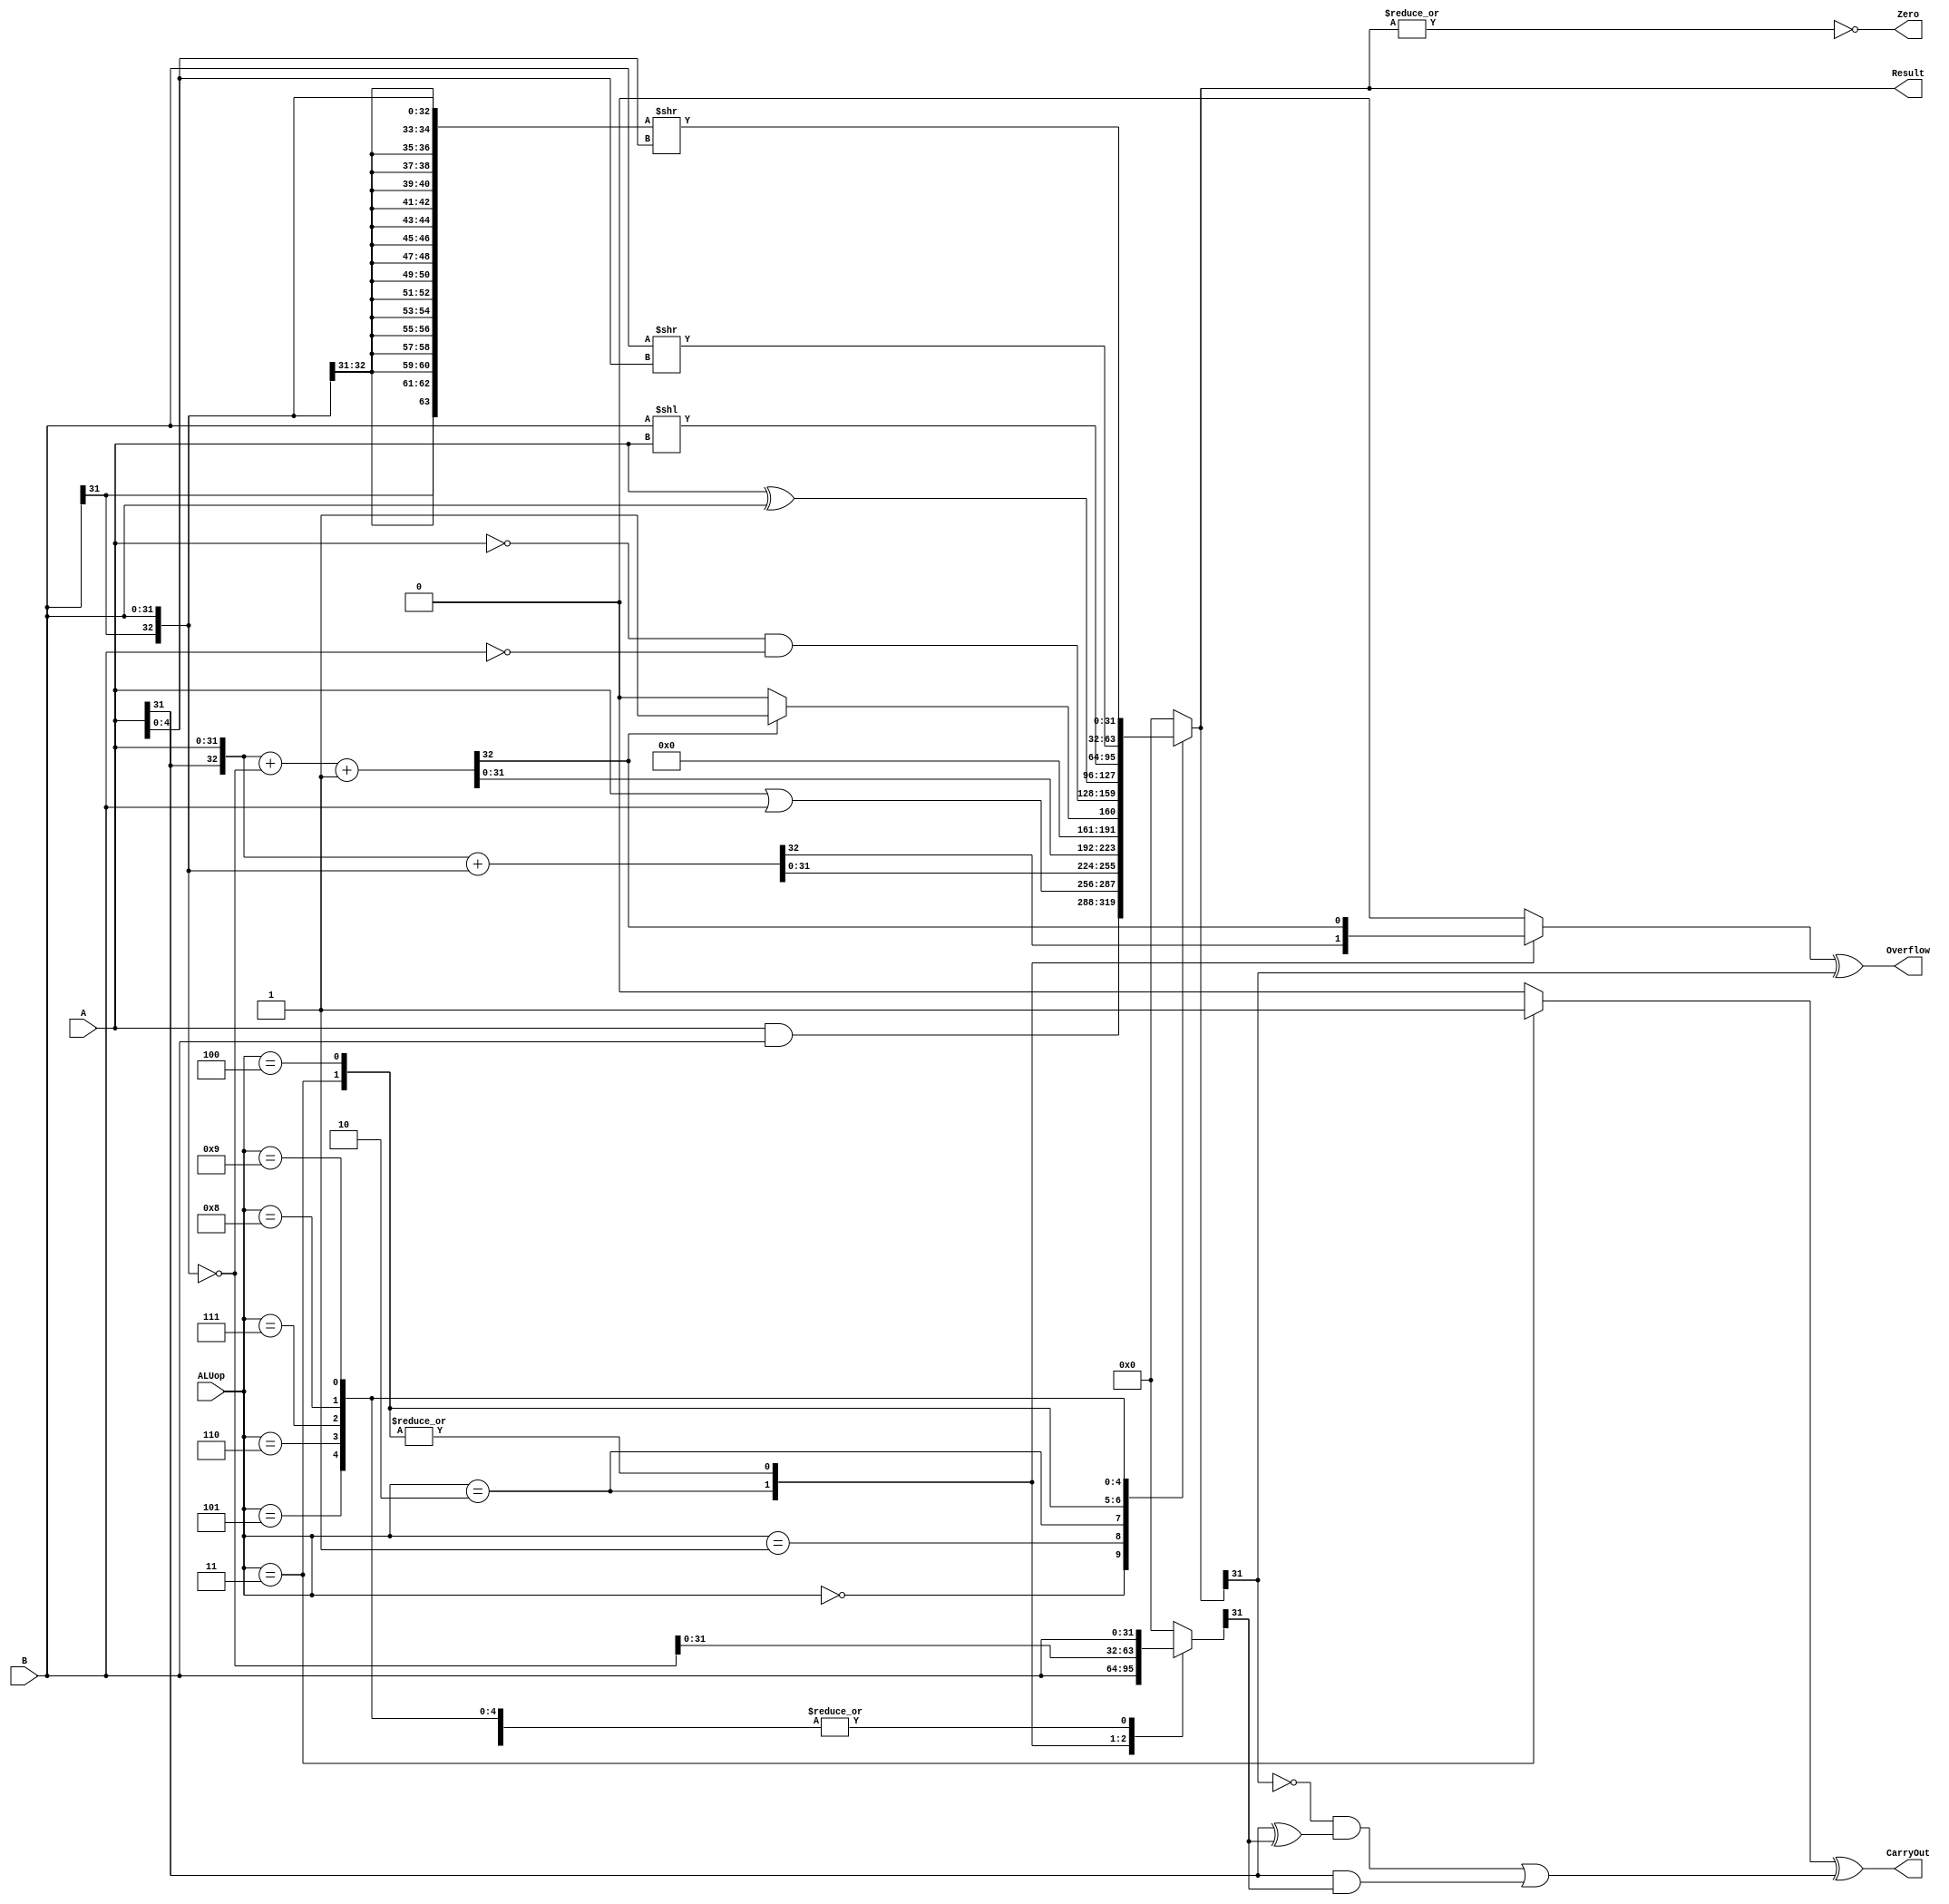
module alu(
	input      [31:0] A,
	input      [31:0] B,
	input      [ 3:0] ALUop,
	output            Overflow,
	output            CarryOut,
	output            Zero,
	output  reg   [31:0] Result
);

reg [32 :0] storage_B;
reg         symbol_A;
reg         symbol_B;
reg         symbol_result;
reg [31:0]  temp_result;
reg         is_sub;
reg [63:0]  sra48;
wire        A_and_SB;
wire        A_nor_SB;
wire        neg_R;
reg [32:0] result_33;
/*
assign storage_B = (ALUop == 4'b0010)?{symbol_B,B}:
                   (ALUop == 4'b0011 || ALUop == 4'b0100)?~{symbol_B,B}:
                   B;

assign is_sub    = (ALUop == 4'b0011)?1:0;

assign symbol_A  = (ALUop == 4'b0010 || ALUop == 4'b0011 || ALUop == 4'b0100)?A[31]:0;

assign symbol_B  = (ALUop == 4'b0010 || ALUop == 4'b0011 || ALUop == 4'b0100)?B[31]:0;

assign sra48     = (ALUop == 4'b1001)?{{32{B[31]}},B}>>A:0;

assign result_33 = (ALUop == 4'b0010)?{symbol_A,A} + storage_B:
                    (ALUop == 4'b0011 || ALUop == 4'b0100)?{symbol_A,A} +storage_B + 1:
                    0;

assign symbol_result = (ALUop == 4'b0010 || ALUop == 4'b0011 || ALUop == 4'b0100)?result_33[32]:0;

assign Result    = (ALUop == 4'b0000)?A & storage_B:
                    (ALUop == 4'b0001)?A | storage_B:
                    (ALUop == 4'b0010 || ALUop == 4'b0011)?result_33[31:0]:
                    (ALUop == 4'b0100)?symbol_result:
                    (ALUop == 4'b0101)?~A & ~B:
                    (ALUop == 4'b0110)?A^B:
                    (ALUop == 4'b0111)?B<<A:
                    (ALUop == 4'b1000)?B>>A:
                    (ALUop == 4'b1001)?sra48[31:0]:
                    0;
*/



always@(*) begin
case(ALUop)
//and
4'b0000: begin
        is_sub=0;
        storage_B = B;
        Result=A & storage_B;
        symbol_A=0;
        symbol_B=0;
        symbol_result=0;
        sra48=0;
        end
//or
4'b0001: begin
        is_sub=0;
        storage_B = B;
        Result=A | storage_B;
        symbol_result=0;
        sra48=0;
        end
//add
4'b0010: begin
        is_sub=0;
        symbol_A=A[31];
        symbol_B=B[31];
        storage_B = {symbol_B,B};
        {symbol_result,Result}={symbol_A,A} + storage_B;
        sra48=0;
        end
//sub
4'b0011: begin
        is_sub=1;
        symbol_A=A[31];
        symbol_B=B[31];
        storage_B = ~{symbol_B,B};
        {symbol_result,Result}={symbol_A,A} +storage_B + 1;
        sra48=0;
        end
//
4'b0100:begin
       is_sub=0;
       symbol_A=A[31];
       symbol_B=B[31];
       storage_B = ~{symbol_B,B};
       {symbol_result,temp_result}={symbol_A,A} + storage_B + 1;
       sra48=0;
       if(symbol_result==0)
       Result=0;
       else
       Result=1;
       end
//
4'b0101:begin
        is_sub=0;
		storage_B = B;
		Result=~A & ~B;
		symbol_result=0;
        symbol_A=0;
        symbol_B=0;
        symbol_result=0;
        sra48=0;
        end
//
4'b0110:begin
        is_sub=0;
		storage_B = B;
		Result=A^B;
		symbol_result=0;
        symbol_A=0;
        symbol_B=0;
        symbol_result=0;
        sra48=0;
        end		
//
4'b0111:begin
        is_sub=0;
		storage_B = B;
		Result=B<<A;
		symbol_result=0;
        symbol_A=0;
        symbol_B=0;
        symbol_result=0;
        sra48=0;
        end
//
4'b1000:begin
        is_sub=0;
		storage_B = B;
		Result=B>>A[4:0];
		symbol_result=0;
        symbol_A=0;
        symbol_B=0;
        symbol_result=0;
        sra48=0;
		end
//
4'b1001:begin
        is_sub=0;
		storage_B = B;
		sra48={{32{B[31]}},B}>>A[4:0];		
        Result=sra48[31:0];
		//Result=B>>>A;
		symbol_result=0;
        symbol_A=0;
        symbol_B=0;
        symbol_result=0;
        end	
//default	
default:begin
        is_sub=0;
        storage_B=0;
        symbol_result=0;
        Result=0;
        sra48=0;
        end
endcase
end


assign A_nor_SB = A[31] ^ storage_B[31];
assign A_and_SB = A[31] & storage_B[31];
assign neg_R    = ~Result[31];
assign CarryOut = is_sub^( (neg_R & A_nor_SB) | A_and_SB);
assign Overflow = symbol_result^Result[31];
assign Zero     = ~(|Result);

endmodule